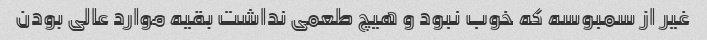
غیر از سمبوسه که خوب نبود و هیچ طعمی نداشت بقیه موارد عالی بودن